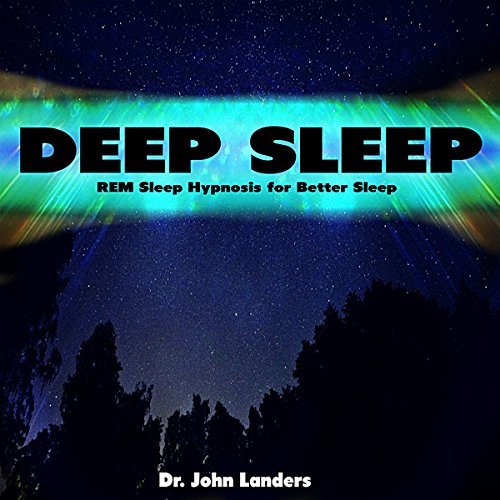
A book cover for Deep Sleep: REM Sleep Hypnosis for Better Sleep; Dr. John Landers; Self-Help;